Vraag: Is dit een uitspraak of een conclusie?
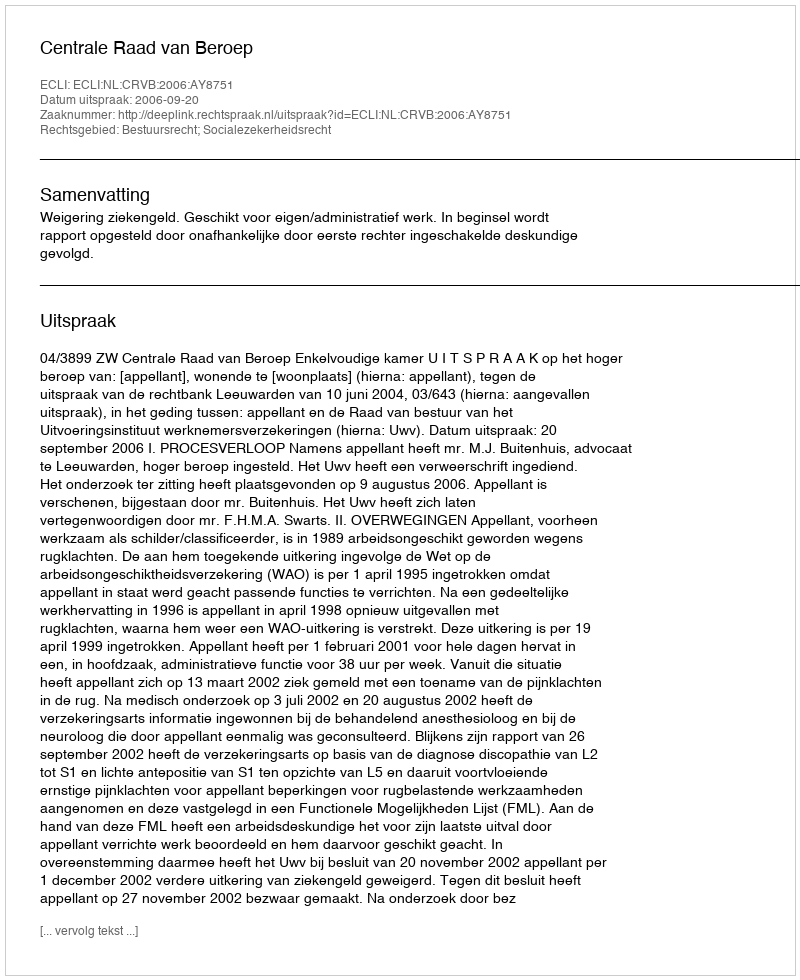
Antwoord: Uitspraak